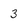
Character: 3